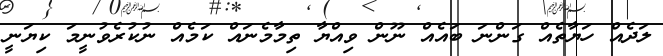
ލަދެއް ހަޔާތެއް ގަންނަ ބައެއް ނޫން ވިއްޔާ ތިމާމެނައް ކަމެއް ނުކުރެވުނީމަ ކިޔަނީ